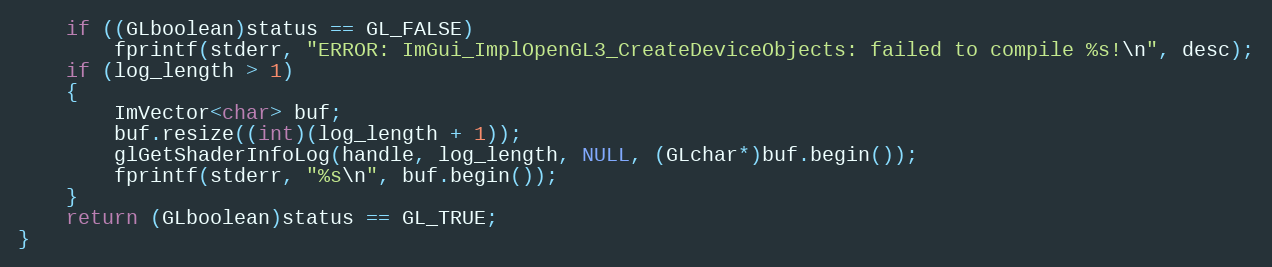
Language: C++
    if ((GLboolean)status == GL_FALSE)
        fprintf(stderr, "ERROR: ImGui_ImplOpenGL3_CreateDeviceObjects: failed to compile %s!\n", desc);
    if (log_length > 1)
    {
        ImVector<char> buf;
        buf.resize((int)(log_length + 1));
        glGetShaderInfoLog(handle, log_length, NULL, (GLchar*)buf.begin());
        fprintf(stderr, "%s\n", buf.begin());
    }
    return (GLboolean)status == GL_TRUE;
}